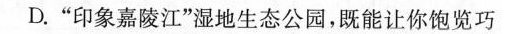
D.”印象嘉陵江”湿地生态公园，既能让你饱览巧